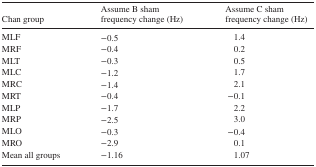
<table><thead><tr><td><b>Chan group</b></td><td><b>Assume B sham frequency change (Hz)</b></td><td><b>Assume C sham frequency change (Hz)</b></td></tr></thead><tbody><tr><td>MLF</td><td>−0.5</td><td>1.4</td></tr><tr><td>MRF</td><td>−0.4</td><td>0.2</td></tr><tr><td>MLT</td><td>−0.3</td><td>0.5</td></tr><tr><td>MLC</td><td>−1.2</td><td>1.7</td></tr><tr><td>MRC</td><td>−1.4</td><td>2.1</td></tr><tr><td>MRT</td><td>−0.4</td><td>−0.1</td></tr><tr><td>MLP</td><td>−1.7</td><td>2.2</td></tr><tr><td>MRP</td><td>−2.5</td><td>3.0</td></tr><tr><td>MLO</td><td>−0.3</td><td>−0.4</td></tr><tr><td>MRO</td><td>−2.9</td><td>0.1</td></tr><tr><td>Mean all groups</td><td>−1.16</td><td>1.07</td></tr></tbody></table>